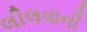
લીલવાની